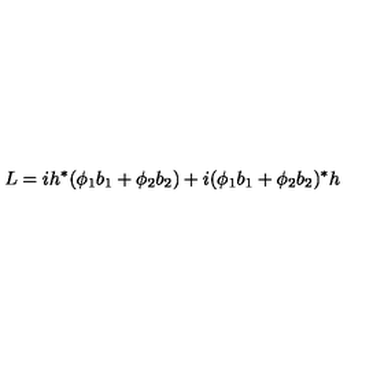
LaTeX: L = i h ^ { * } ( \phi _ { 1 } b _ { 1 } + \phi _ { 2 } b _ { 2 } ) + i ( \phi _ { 1 } b _ { 1 } + \phi _ { 2 } b _ { 2 } ) ^ { * } h